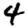
Digit: 4